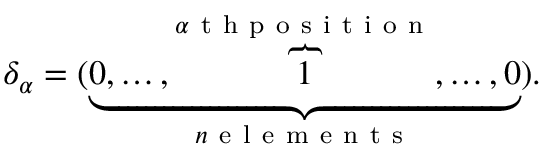
\delta _ { \alpha } = ( \underset { n \mathrm { ~ e ~ l ~ e ~ m ~ e ~ n ~ t ~ s ~ } } { \underbrace { 0 , \dots , \overset { \alpha \mathrm { ~ t ~ h ~ p ~ o ~ s ~ i ~ t ~ i ~ o ~ n ~ } } { \overbrace 1 } , \dots , 0 } } ) .